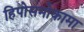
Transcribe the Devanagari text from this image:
हिपोसमोकामा